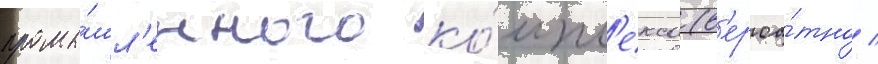
промы́шл'енного ко́мпл'екса (в'ероа́тно /